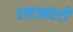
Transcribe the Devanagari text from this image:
एलआरटी